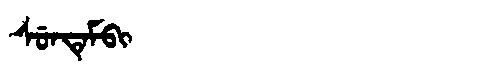
Manchu: ᠰᡠᠨᡨᡝᠮᠪᡳ
Romanization: SUNTEMBI